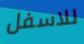
للاسفل